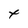
Character: x